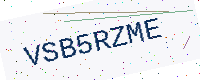
Text: VSB5RZME